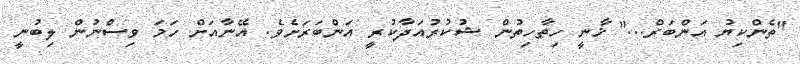
"ތެންކިޔު އަންބަރް..." ޚާނީ ހިތާހިތުން ޝުކުރުއަދާކުރީ އަންބަރަށެވެ. އޭނާއަށް ހަމަ ވިސްނުން ލިބުނީ